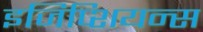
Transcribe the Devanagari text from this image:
इजिप्शियन्स